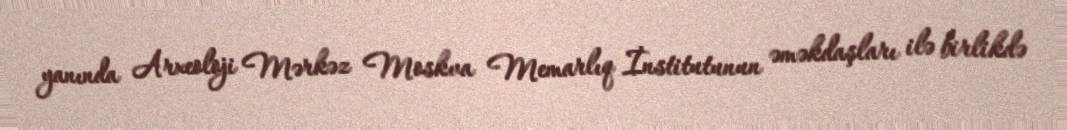
yanında Arxeoloji Mərkəz Moskva Memarlıq İnstitutunun əməkdaşları ilə birlikdə